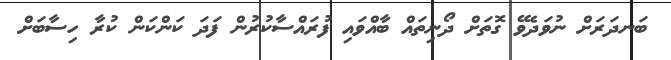
ބަނދަރަށް ނުވަދެވޭ ގޮތަށް ދޯނިތައް ބާއްވައި ފުރައްސާކުރުން ފަދަ ކަންކަން ކުރާ ހިސާބަށް